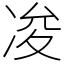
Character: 𠗕